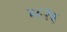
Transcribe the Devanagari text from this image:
४८२६